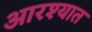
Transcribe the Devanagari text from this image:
आरश्यात